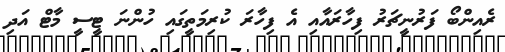
ރެއިންބޯ ފަރުނީޗަރު ފިހާރައާއި އެ ފިހާރަ ކުރިމަތީގައި ހުންނަ ޓީސީ މާޓް އަދި